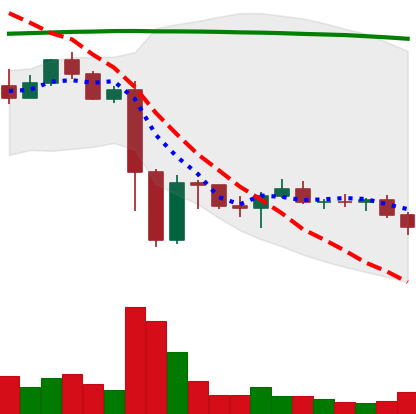
Ticker: EOS-USD
Chart end date: 2022-11-21
Forward return: 9.839%
Label: up_7plus